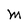
Character: M